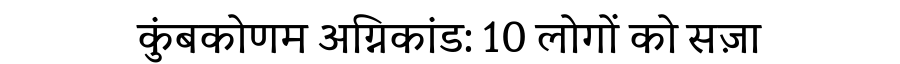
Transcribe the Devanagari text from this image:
कुंबकोणम अग्निकांड: 10 लोगों को सज़ा